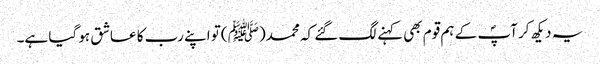
یہ دیکھ کر آپؐ کے ہم قوم بھی کہنے لگ گئے کہ محمد(ﷺ )تو اپنے رب کا عاشق ہو گیا ہے۔